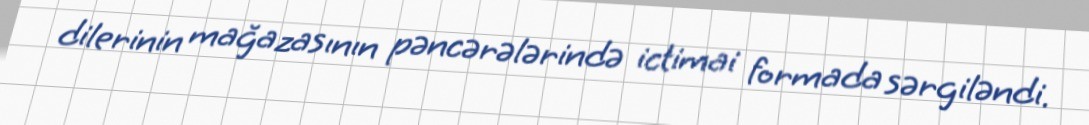
dilerinin mağazasının pəncərələrində ictimai formada sərgiləndi.